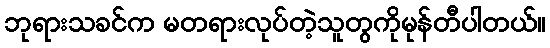
ဘုရားသခင်က မတရားလုပ်တဲ့သူတွကိုမုန်တီပါတယ်။